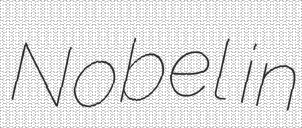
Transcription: Nobel in